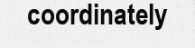
coordinately